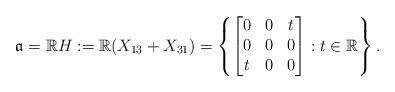
\begin{align*}\frak{a}=\mathbb{R}H:=\mathbb{R}(X_{13}+X_{31})=\left\{\begin{bmatrix}0 & 0 & t \\ 0 & 0 & 0\\ t & 0 & 0\end{bmatrix}: t\in\mathbb{R}\right\}.\end{align*}